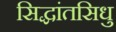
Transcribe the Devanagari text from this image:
सिद्धांतसिधु